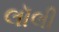
લૉલી